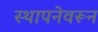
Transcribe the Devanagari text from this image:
स्थापनेवरून